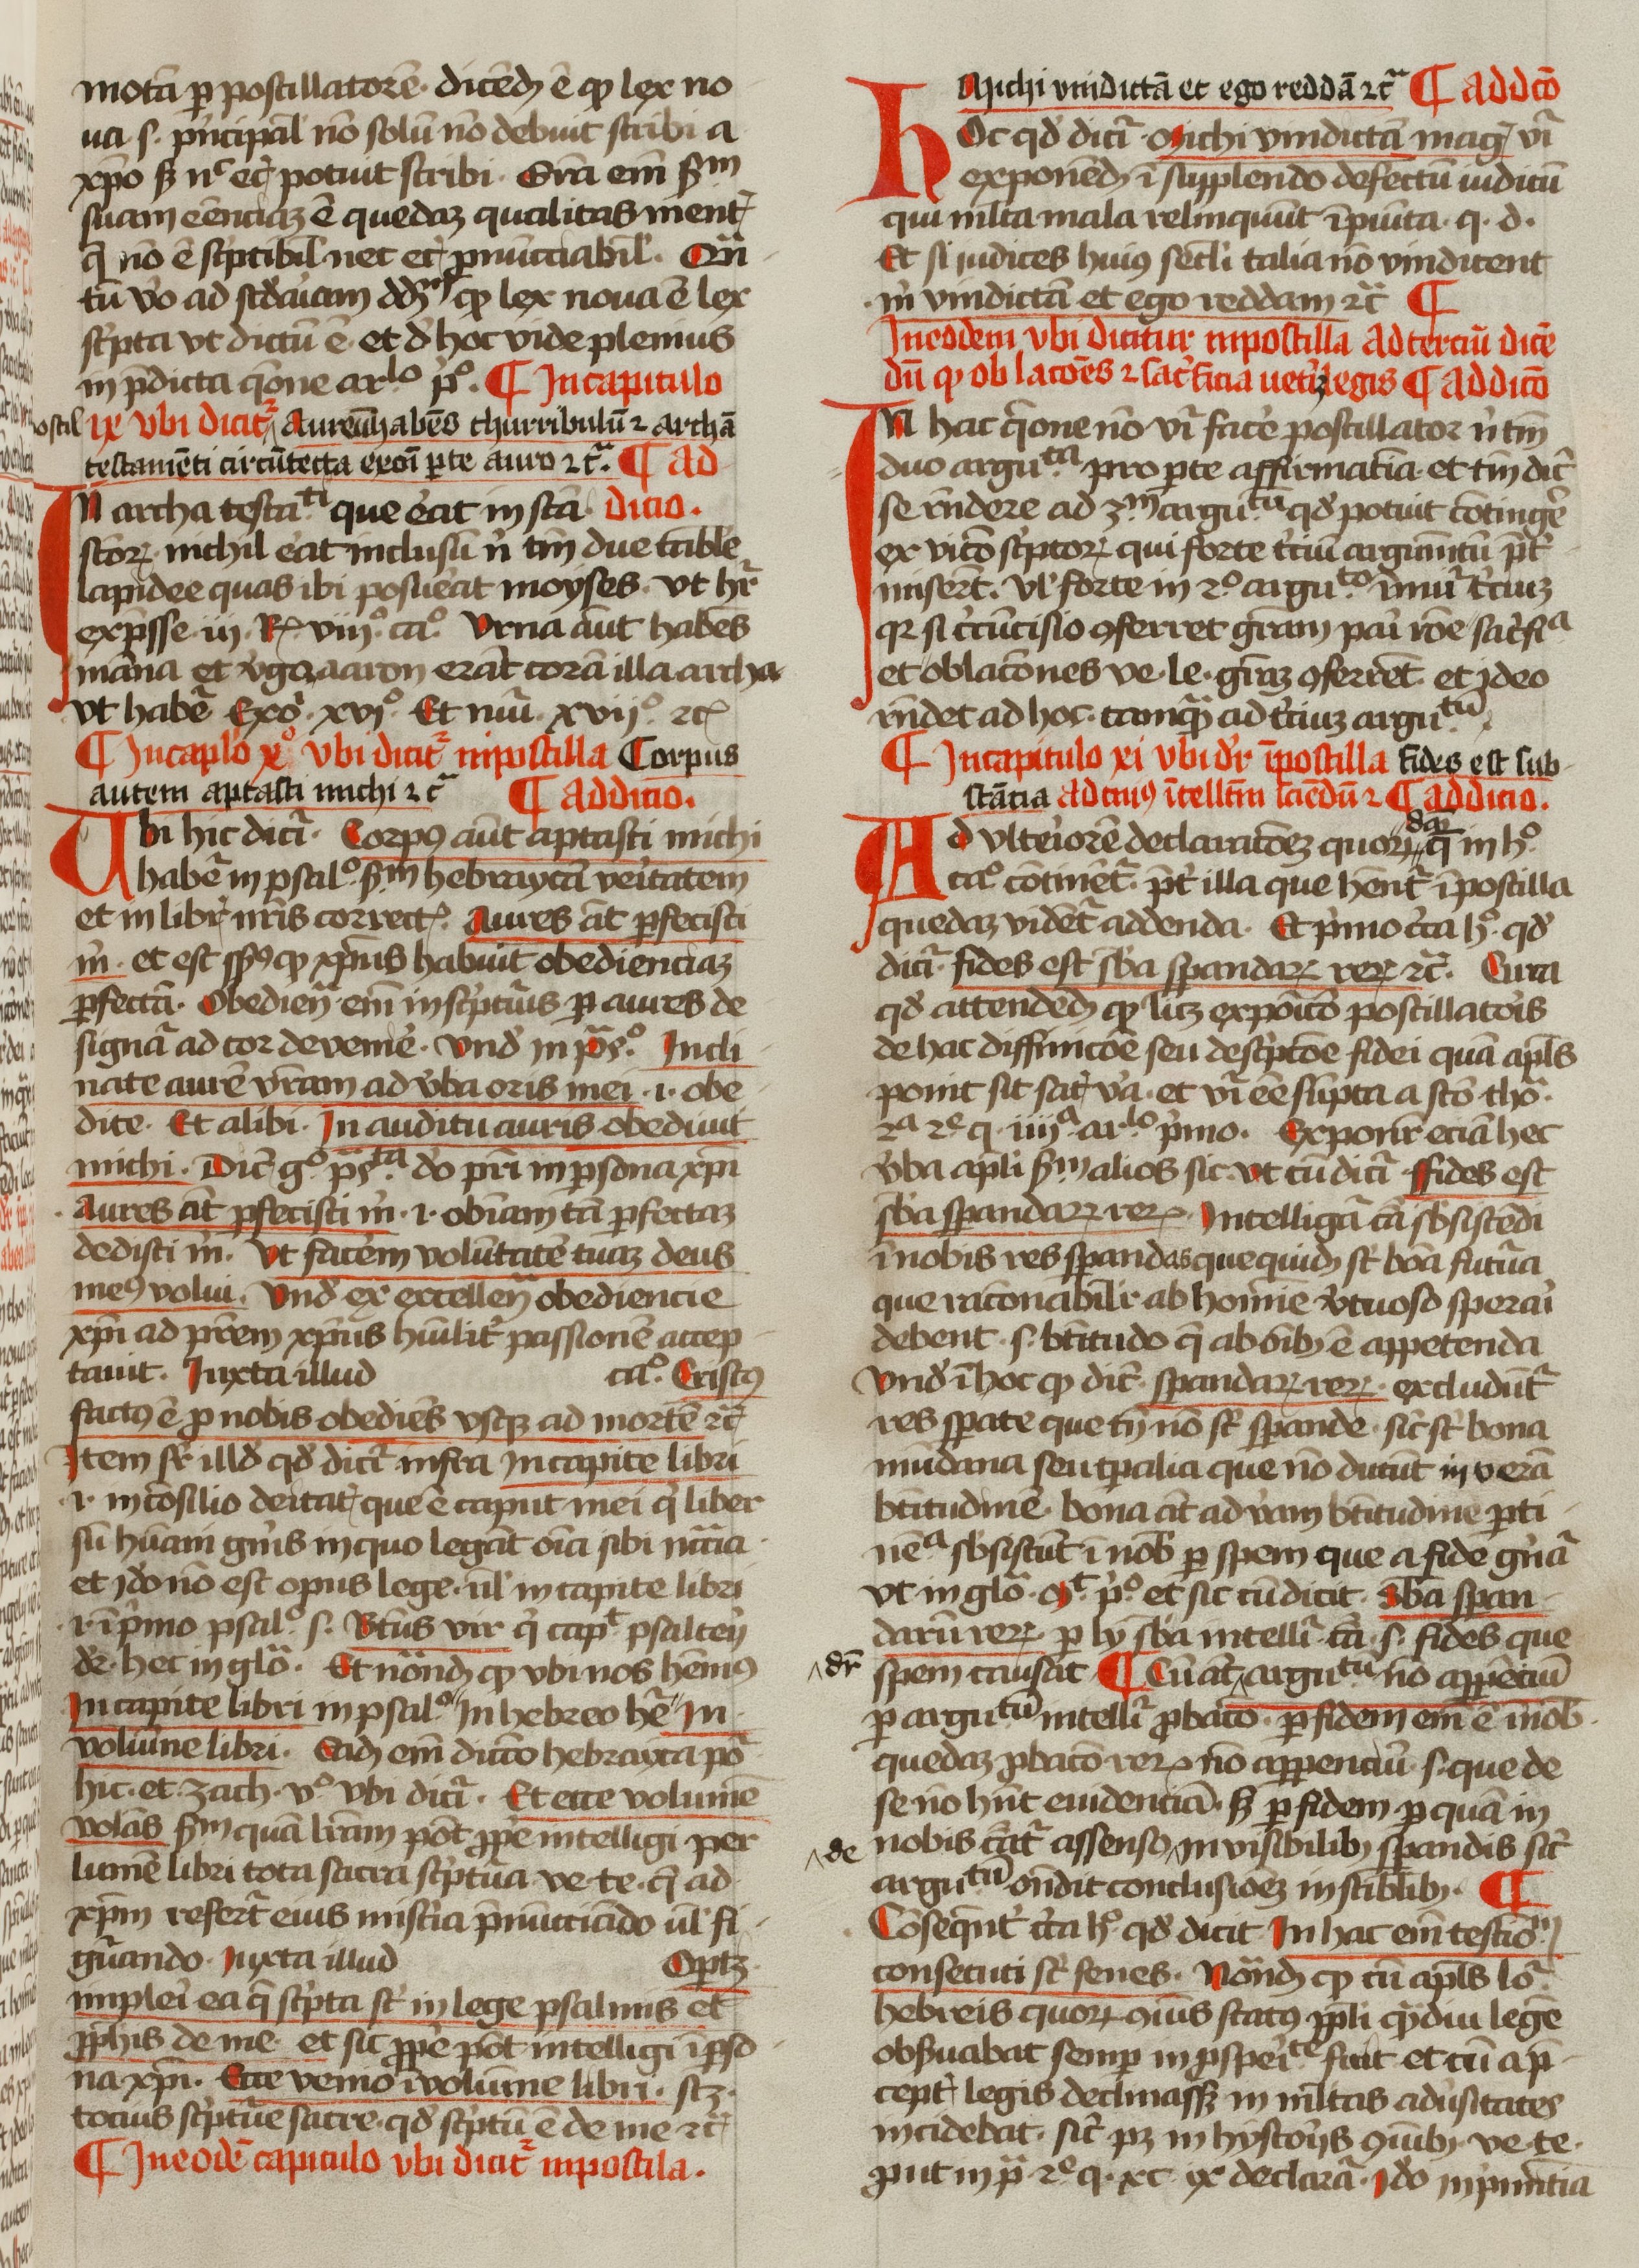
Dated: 1400–1499